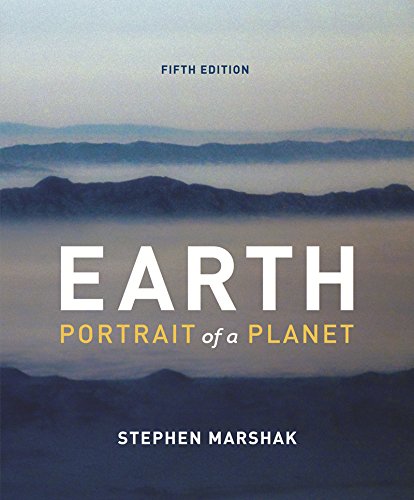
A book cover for Earth: Portrait of a Planet (Fifth Edition); Stephen Marshak; Science & Math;